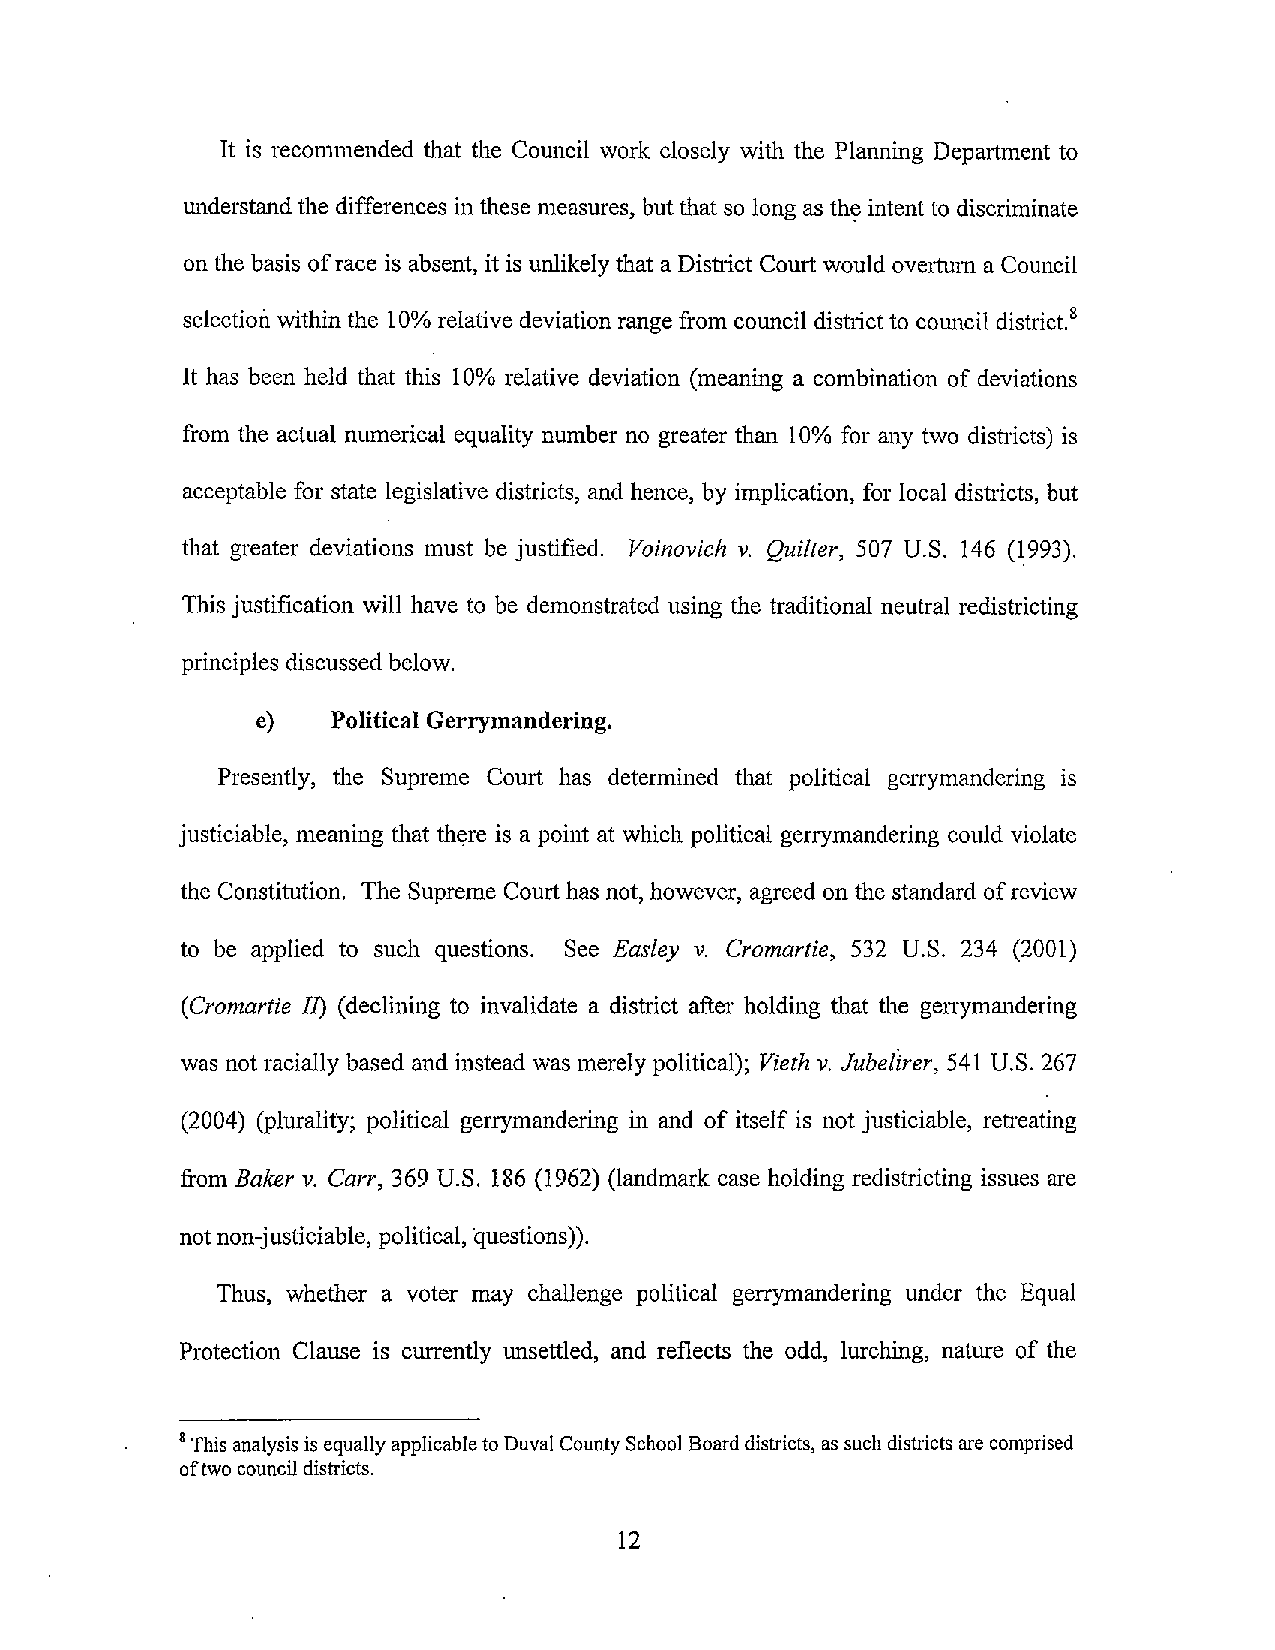
It is recommended that the Council work closely with the Planning Department to
 understandthe differences in these measures, butthat so long as the intent to discriminate
 onthe basis ofrace is absent, it is unlikely that a District Court would oveliurn a Council
 selection withinthe 10% relative deviation range from council districtto council district.8
 It has been held that this 10% relative deviation (meaning a combination of deviations
 from the actual numerical equality number no greater than 10% for any two districts) is
 acceptable for state legislative districts, and hence, by implication, for local districts, but
 that greater deviations must be justified. Voinovich v. Quilter, 507 U.S. 146 (1993).
 This justification will have to be demonstrated using the traditional neutral redistricting
 principles discussedbelow.
 e)   Political Gerrymandering.
 Presently, the Supreme Court has determined that political gerrymandering is
 justiciable, meaning that there is a point at which political gerrymandering could violate
 the Constitution. The Supreme Court has not, however, agreed on the standard ofreview
 to be applied to such questions. See Easley v. Cromartie, 532 U.S. 234 (2001)
 (Cromartie 11) (declining to invalidate a district after holding that the gerrymandering
 was not racially based and instead was merely political); Vieth v. Jubelirer, 541 U.S. 267
 (2004) (plurality; political gerrymandering in and of itself is not justiciable, retreating
 from Baker v. Carr, 369 U.S. 186 (1962) (landmark case holding redistricting issues are
 not non-justiciable, political, questions)).
 Thus, whether a voter may challenge political gerrymandering under the Equal
 Protection Clause is currently unsettled, and reflects the odd, lurching, nature of the
 8This analysis is equallyapplicable10Duval CountySchool Boarddistricts, as such districts are comprised
 oftwo council districts.
 12